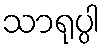
သာရုပ္ပါ